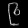
Digit: ၉